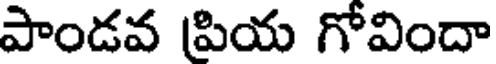
పాండవ పియ గోవిందా